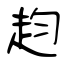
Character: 赹